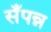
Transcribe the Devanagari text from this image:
सँपन्न